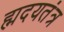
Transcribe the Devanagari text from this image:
ह्मदयतंत्र